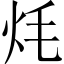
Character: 𭴎